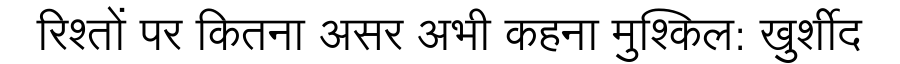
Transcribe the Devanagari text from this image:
रिश्तों पर कितना असर अभी कहना मुश्किल: खुर्शीद